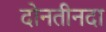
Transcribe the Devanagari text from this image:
दोनतीनदा